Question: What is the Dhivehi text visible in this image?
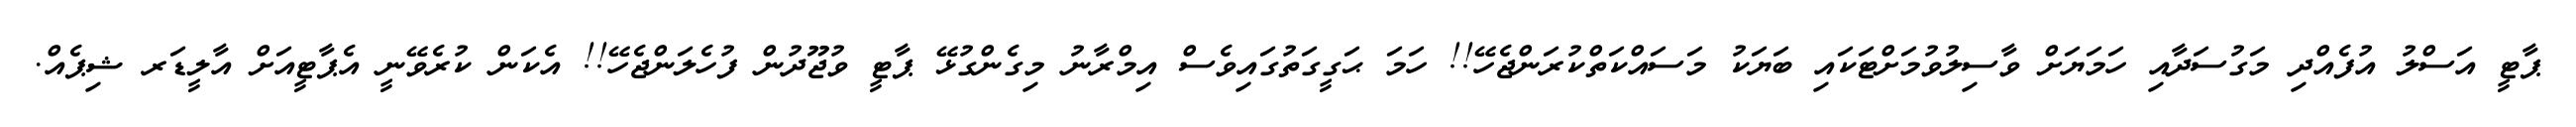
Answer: ޕާޓީ އަސްލު އުފެއްދި މަގުސަދާއި ހަމަޔަށް ވާސިލުވުމަށްޓަކައި ބަޔަކު މަސައްކަތްކުރަންޖެހޭ!! ހަމަ ޙަގީގަތުގައިވެސް އިމްރާނު މިގެންގުޅޭ ޕާޓީ ވުޖޫދުން ފުހެލަންޖެހޭ!! އެކަން ކުރެވޭނީ އެޕާޓީއަށް އާލީޑަރ ޝިޕެއް.